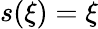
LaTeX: s(\xi)=\xi